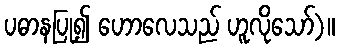
ပဓာနပြု၍ ဟောလေသည် ဟူလိုသော်)။